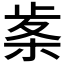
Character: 𭪠